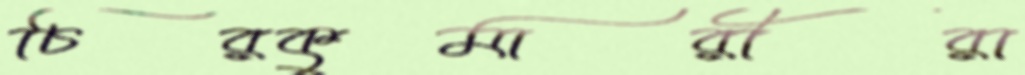
চিরকুমারীরা